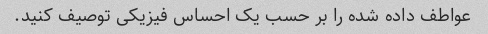
عواطف داده شده را بر حسب یک احساس فیزیکی توصیف کنید.